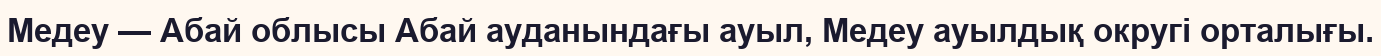
Медеу — Абай облысы Абай ауданындағы ауыл, Медеу ауылдық округі орталығы.